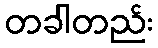
တခါတည်း